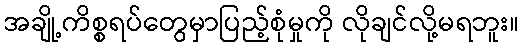
အချို့ကိစ္စရပ်တွေမှာပြည့်စုံမှုကို လိုချင်လို့မရဘူး။